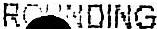
ROUNDING